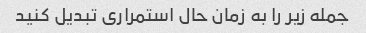
جمله زیر را به زمان حال استمراری تبدیل کنید